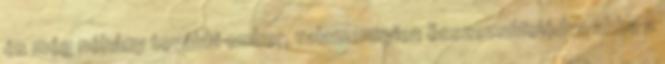
és még néhány további ember, valamennyien összezsúfolódva abba a